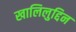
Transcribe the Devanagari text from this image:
खालिलुद्दिन